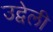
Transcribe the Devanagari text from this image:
उद्वेली